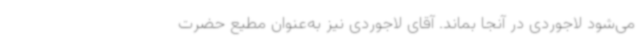
می‌شود لاجوردی در آنجا بماند. آقای لاجوردی نیز به‌عنوان مطیع حضرت